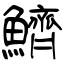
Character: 鱭